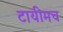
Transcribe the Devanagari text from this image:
टायीमच